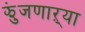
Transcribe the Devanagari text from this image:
झुंजणाऱ्या